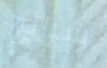
شرائح